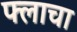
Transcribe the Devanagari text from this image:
फ्लाचा